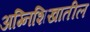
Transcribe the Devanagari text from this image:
अग्निशिखातील